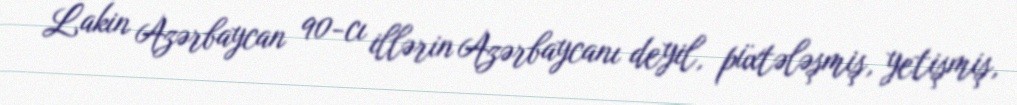
Lakin Azərbaycan 90-cı illərin Azərbaycanı deyil, püxtələşmiş, yetişmiş,